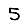
Digit: 5